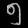
Digit: ၅